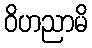
ဝိဟညာမိ